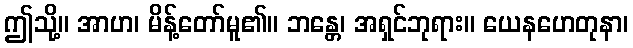
ဤသို့။ အာဟ၊ မိန့်တော်မူ၏။ ဘန္တေ၊ အရှင်ဘုရား။ ယေနဟေတုနာ၊